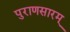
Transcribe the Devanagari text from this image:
पुराणसारम्